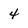
Character: 4